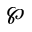
\wp